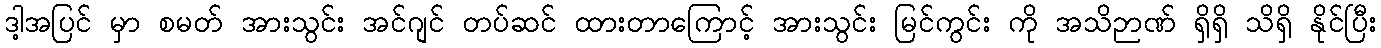
ဒါ့အပြင် မှာ စမတ် အားသွင်း အင်ဂျင် တပ်ဆင် ထားတာကြောင့် အားသွင်း မြင်ကွင်း ကို အသိဉာဏ် ရှိရှိ သိရှိ နိုင်ပြီး